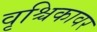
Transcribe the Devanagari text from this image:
वृश्चिकावर